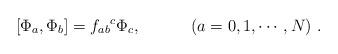
LaTeX: \begin{align*}[\Phi_{a},\Phi_{b}] = {f_{ab}}^{c}\Phi_{c} ,\hspace{.5in} (a=0,1,\cdots,N)~. \end{align*}